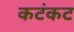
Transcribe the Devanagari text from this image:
कटंकट